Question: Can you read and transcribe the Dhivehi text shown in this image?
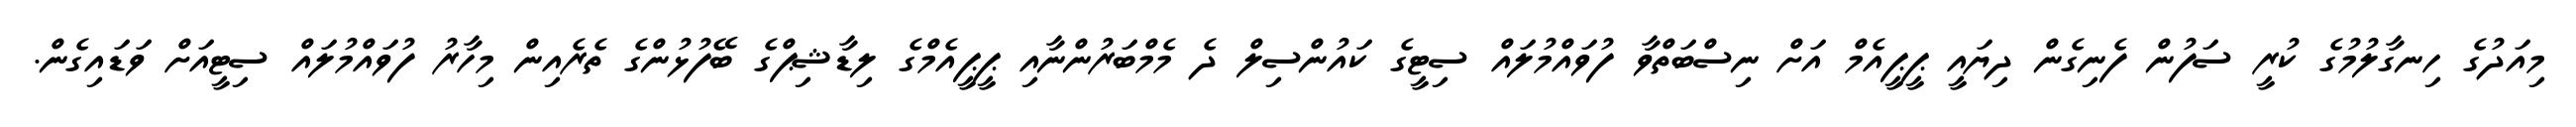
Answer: މިއަދުގެ ހިނގާލުމުގެ ކުރީ ސަފުން ފެނިގެން ދިޔައީ ޕީޕީއެމް އަށް ނިސްބަތްވާ ފުވައްމުލައް ސިޓީގެ ކައުންސިލް ދެ މެމްބަރުންނާއި ޕީޕީއެމްގެ ލިޑާޝިޕްގެ ބޭފުޅުންގެ ތެރެއިން މިހާރު ފުވައްމުލައް ސިޓީއަށް ވަޑައިގެން.